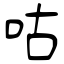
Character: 咕